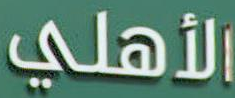
الأهلي